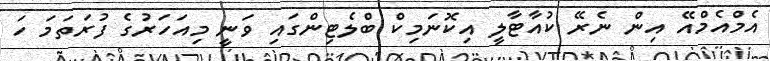
އެމްއެމްއޭ އިން ނެރޭ ކުއާޓާލީ އިކޮނަމިކް ބްލެޓިންގައި ވަނީ މިއަހަރުގެ ފުރަތަމަ ހަ